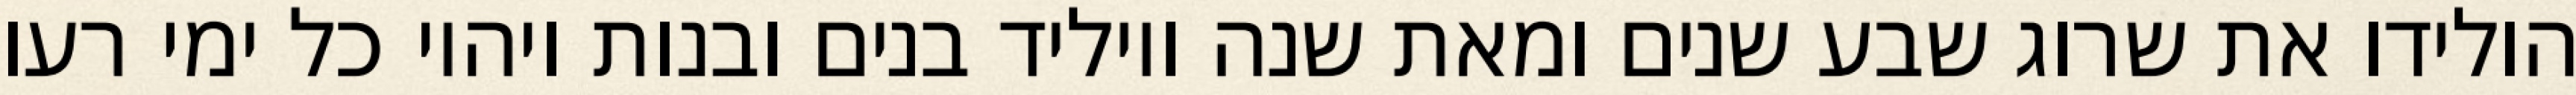
הולידו את שרוג שבע שנים ומאת שנה ויוליד בנים ובנות ויהיו כל ימי רעו